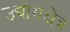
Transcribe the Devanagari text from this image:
उद्योगक्षेत्र